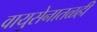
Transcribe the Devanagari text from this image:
वायुसेनातळही